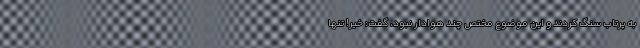
به پرتاب سنگ کردند و این موضوع مختص چند هوادار نبود، گفت: خیر! تنها